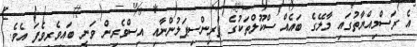
އެ ރަސްމިއްޔާތުގައި މާލޭގެ ބައެއް ސްކޫލްތަކުގެ ޕްރިންސިޕަލުންނާއި އިސްވެރިން ވަނީ ބައިވެރިވެފަ އެވެ.